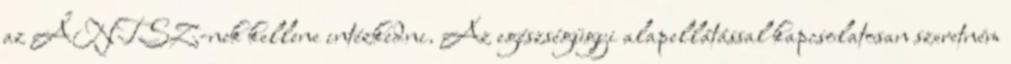
az ÁNTSZ-nek kellene intézkedni. Az egészségügyi alapellátással kapcsolatosan szeretném